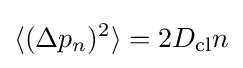
\langle (\Delta p_{n})^{2}\rangle =2D_{\text{cl}}n